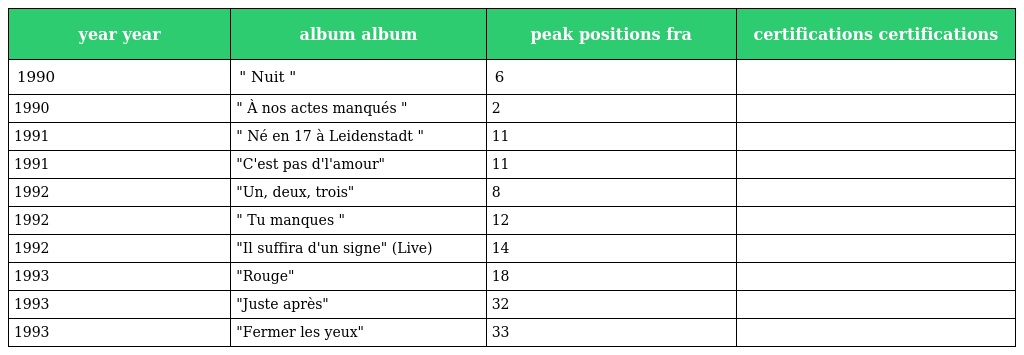
| year year | album album | peak positions fra | certifications certifications |
 | --- | --- | --- | --- |
 | 1990 | " Nuit " | 6 |  |
 | 1990 | " À nos actes manqués " | 2 |  |
 | 1991 | " Né en 17 à Leidenstadt " | 11 |  |
 | 1991 | "C'est pas d'l'amour" | 11 |  |
 | 1992 | "Un, deux, trois" | 8 |  |
 | 1992 | " Tu manques " | 12 |  |
 | 1992 | "Il suffira d'un signe" (Live) | 14 |  |
 | 1993 | "Rouge" | 18 |  |
 | 1993 | "Juste après" | 32 |  |
 | 1993 | "Fermer les yeux" | 33 |  |